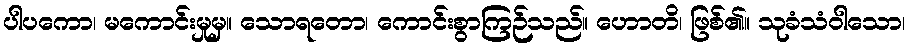
ပါပကော၊ မကောင်းမှုမှ။ သောရတော၊ ကောင်းစွာကြဉ်သည်။ ဟောတိ၊ ဖြစ်၏။ သုခံသံဝါသော၊